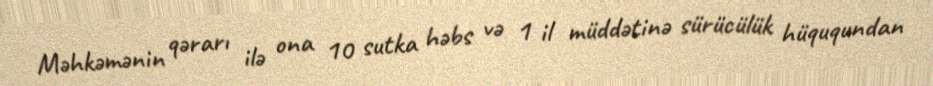
Məhkəmənin qərarı ilə ona 10 sutka həbs və 1 il müddətinə sürücülük hüququndan